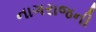
નાગરાજની